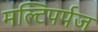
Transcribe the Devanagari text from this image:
मल्टिपर्पज